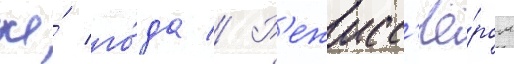
же́ го́да // Р'ежисс'ё́ром